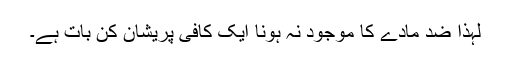
لہٰذا ضد مادّے کا موجود نہ ہونا ایک کافی پریشان کن بات ہے۔